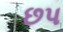
છપ